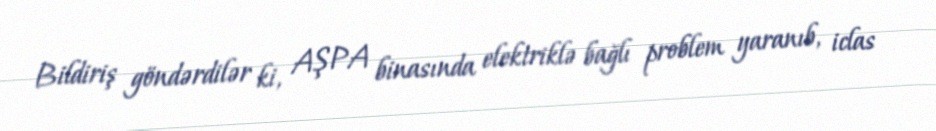
Bildiriş göndərdilər ki, AŞPA binasında elektriklə bağlı problem yaranıb, iclas